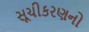
સૂચીકરણનો